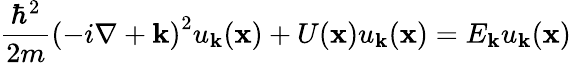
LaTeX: {\frac{\hbar^{2}}{2m}}\left(-i\nabla+\mathbf{k}\right)^{2}u_{\mathbf{k}}(\mathbf{x})+U(\mathbf{x})u_{\mathbf{k}}(\mathbf{x})=E_{\mathbf{k}}u_{\mathbf{k}}(\mathbf{x})